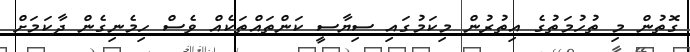
ގޮތުން މި ތުހުމަތުގެ އިތުރުން މިކަމުގައި ސިޔާސީ ކަންތައްތަކެއް ވެސް ހިމެނިގެން ދާކަމަށް